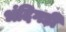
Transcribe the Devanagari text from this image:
भंदिगड़ी